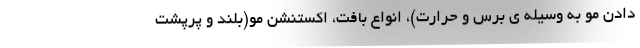
دادن مو به وسیله ی برس و حرارت)، انواع بافت، اکستنشن مو(بلند و پرپشت